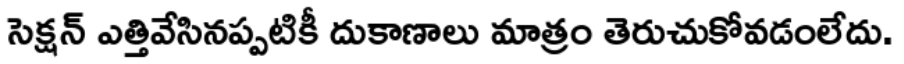
సెక్షన్ ఎత్తివేసినప్పటికీ దుకాణాలు మాత్రం తెరుచుకోవడంలేదు.